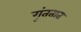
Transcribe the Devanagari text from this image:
गुंततात